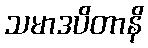
သမာဒပိတာနိ